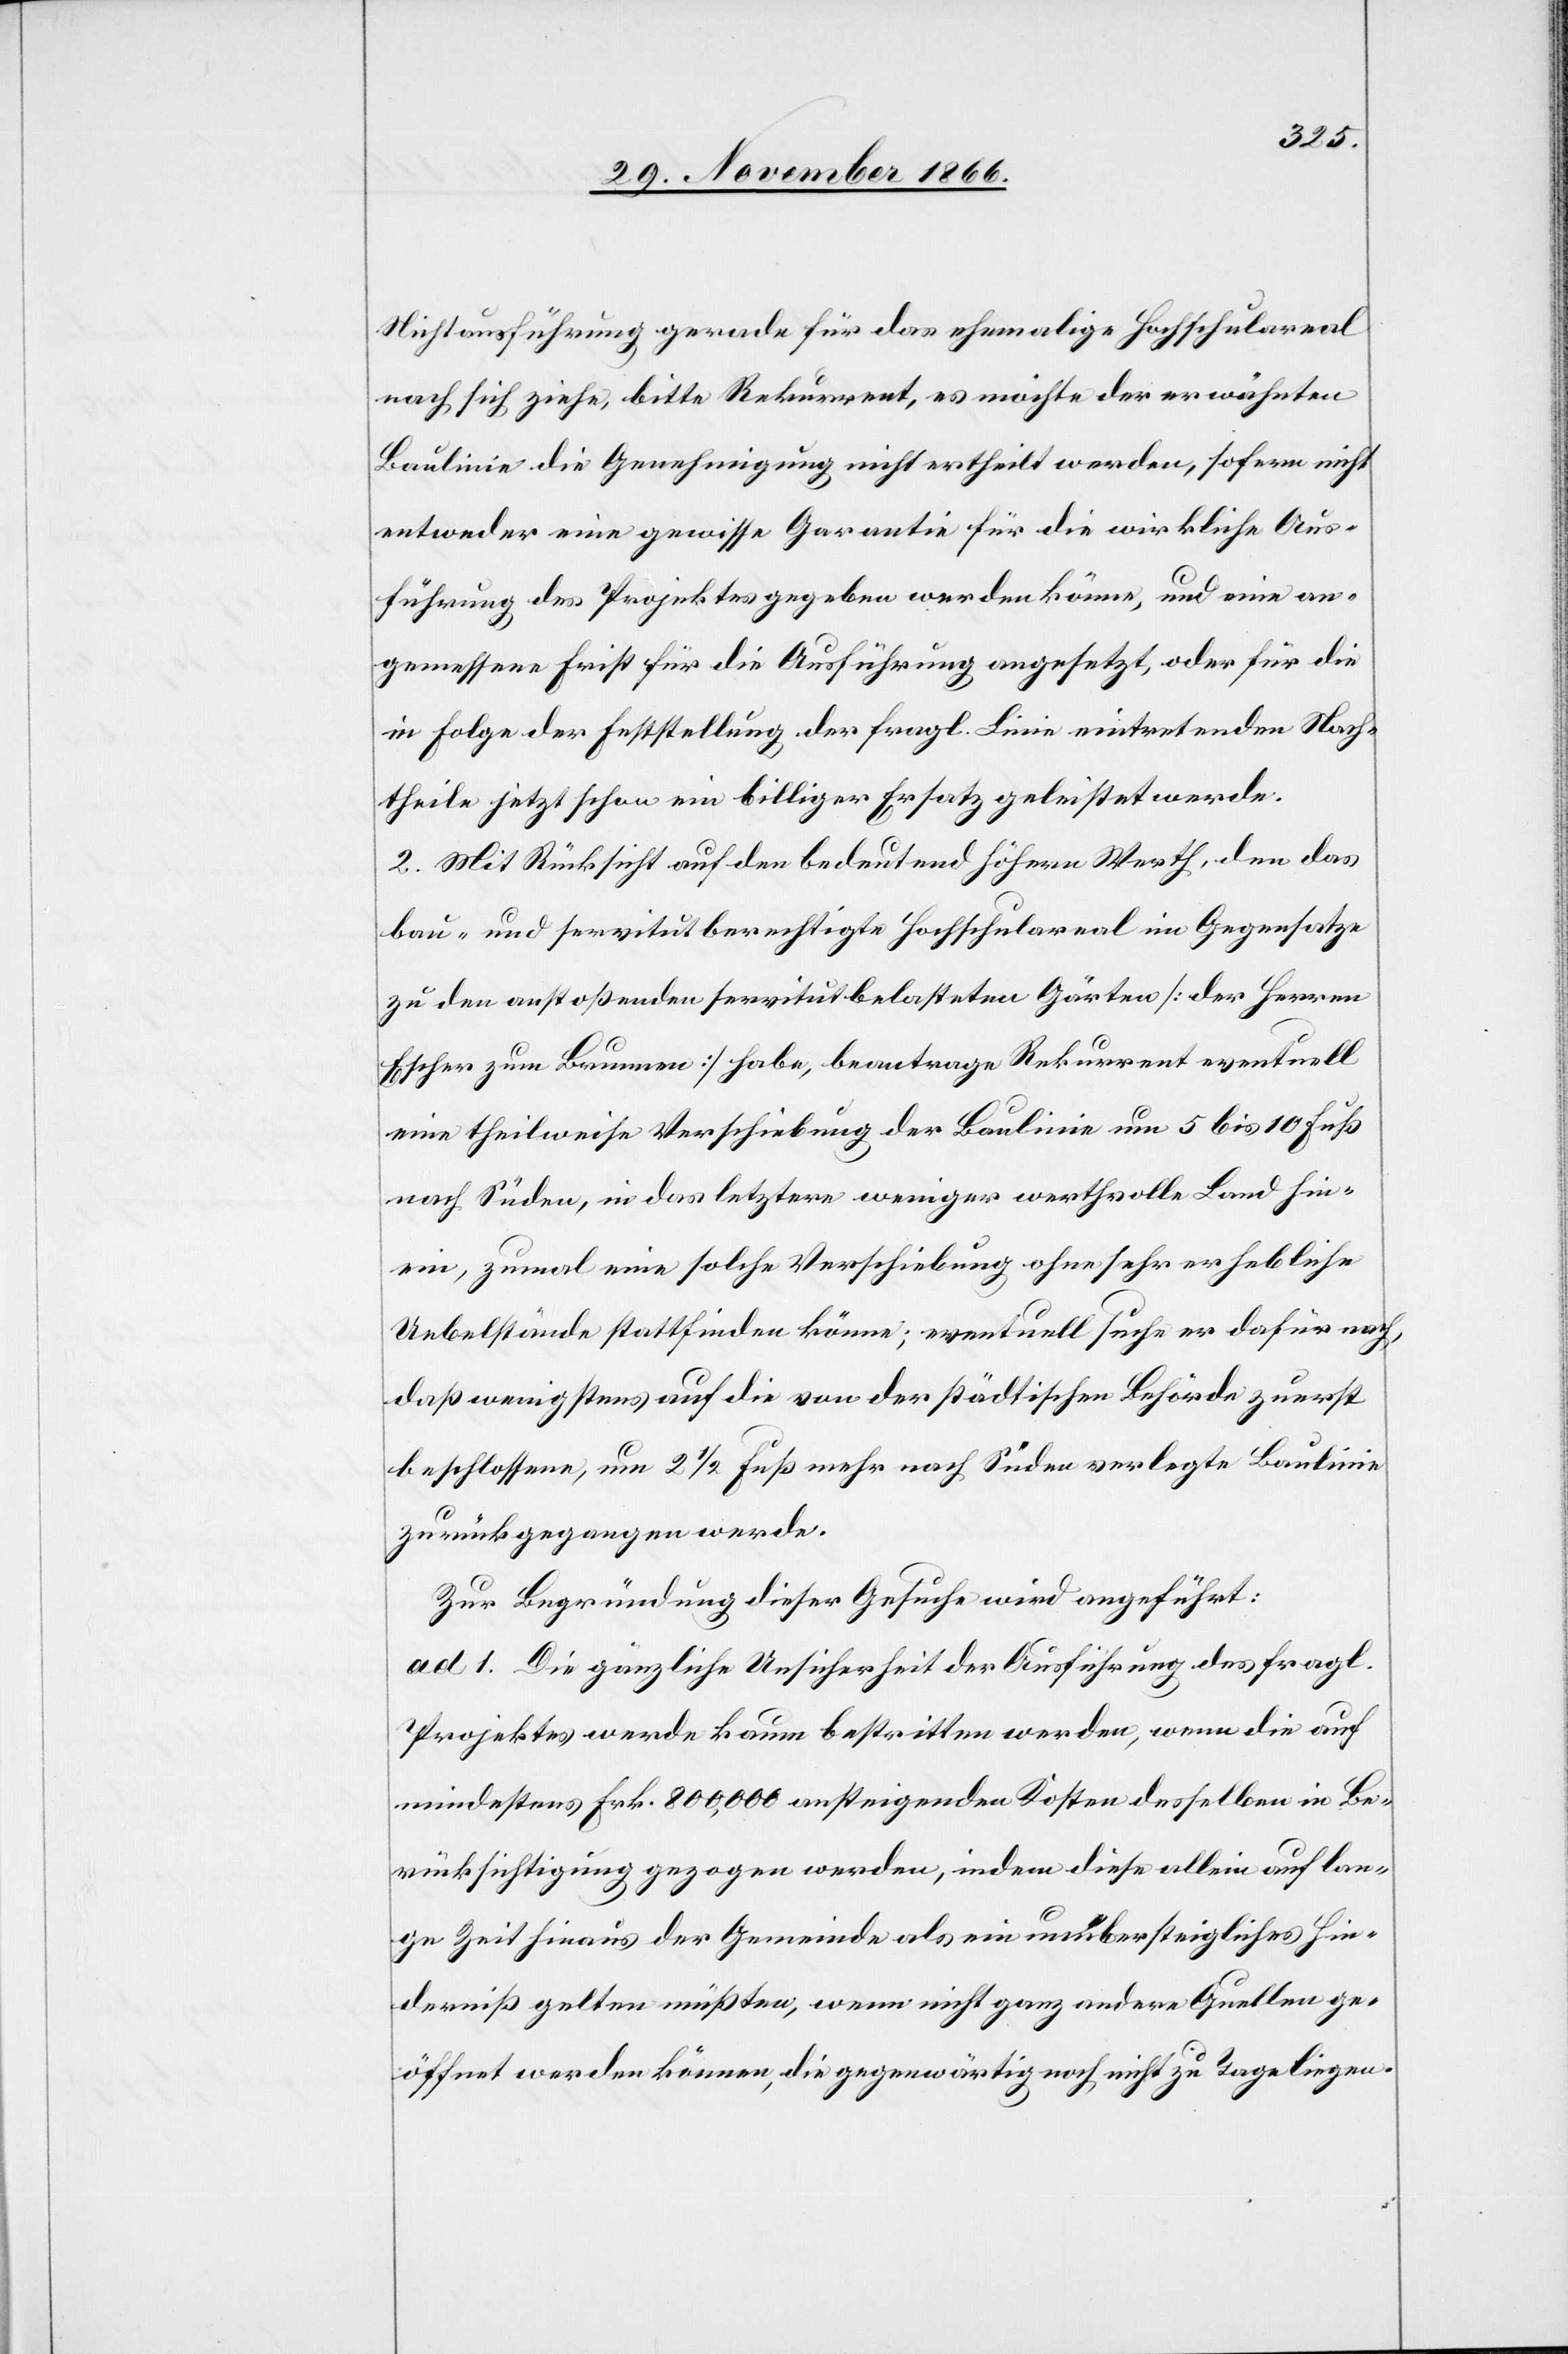
Nichtausführung gerade für das ehemalige Hochschulareal
nach sich ziehe, bitte Rekurrent, es möchte der erwähnten
Baulinie die Genehmigung nicht ertheilt werden, sofern nicht
entweder eine gewisse Garantie für die wirkliche Aus¬
führung des Projektes gegeben werden könne, und eine an¬
gemessene Frist für die Ausführung angesetzt, oder für die
in Folge der Feststellung der fragl. Linie eintretenden Nach¬
theile jetzt schon ein billiger Ersatz geleistet werde.
2. Mit Rücksicht auf den bedeutend höhern Werth, den das
bau- und servitutberechtigte Hochschulareal im Gegensatze
zu den anstoßenden servitutbelasteten Gärten [der Herren
Escher zum Brunnen] habe, beantrage Rekurrent eventuell
eine theilweise Verschiebung der Baulinie um 5 bis 10 Fuß
nach Süden, in das letztere weniger werthvolle Land hin¬
ein, zumal eine solche Verschiebung ohne sehr erhebliche
Uebelstände stattfinden könne; eventuell suche er dafür nach,
daß wenigstens auf die von der städtischen Behörde zuerst
beschlossene, um 2 1/2 Fuß mehr nach Süden verlegte Baulinie
zurückgegangen werde.
Zur Begründung dieser Gesuche wird angeführt:
ad 1. Die gänzliche Unsicherheit der Ausführung des fragl.
Projektes werde kaum bestritten werden, wenn die auf
mindestens Frk. 800 000 ansteigenden Kosten desselben in Be¬
rücksichtigung gezogen werden, indem diese allein auf lan¬
ge Zeit hinaus der Gemeinde als ein unübersteigliches Hin¬
derniß gelten müßten, wenn nicht ganz andere Quellen ge¬
öffnet werden können, die gegenwärtig noch nicht zu Tage liegen.